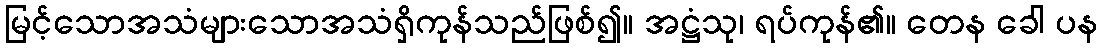
မြင့်သောအသံများသောအသံရှိကုန်သည်ဖြစ်၍။ အဋ္ဌံသု၊ ရပ်ကုန်၏။ တေန ခေါ ပန